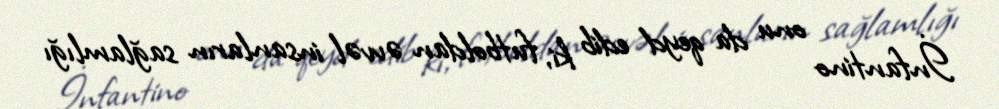
İnfantino onu da qeyd edib ki, futboldan əvvəl insanların sağlamlığı